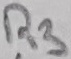
Text: R3